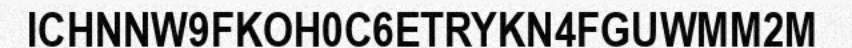
ICHNNW9FKOH0C6ETRYKN4FGUWMM2M